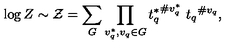
\log Z \sim { \cal Z } = \sum _ { G } \prod _ { v _ { q } ^ { * } , v _ { q } \in G } { t _ { q } ^ { * } } ^ { \# v _ { q } ^ { * } } \ { t _ { q } } ^ { \# v _ { q } } ,